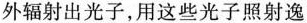
外辐射出光子，用这些光子照射逸